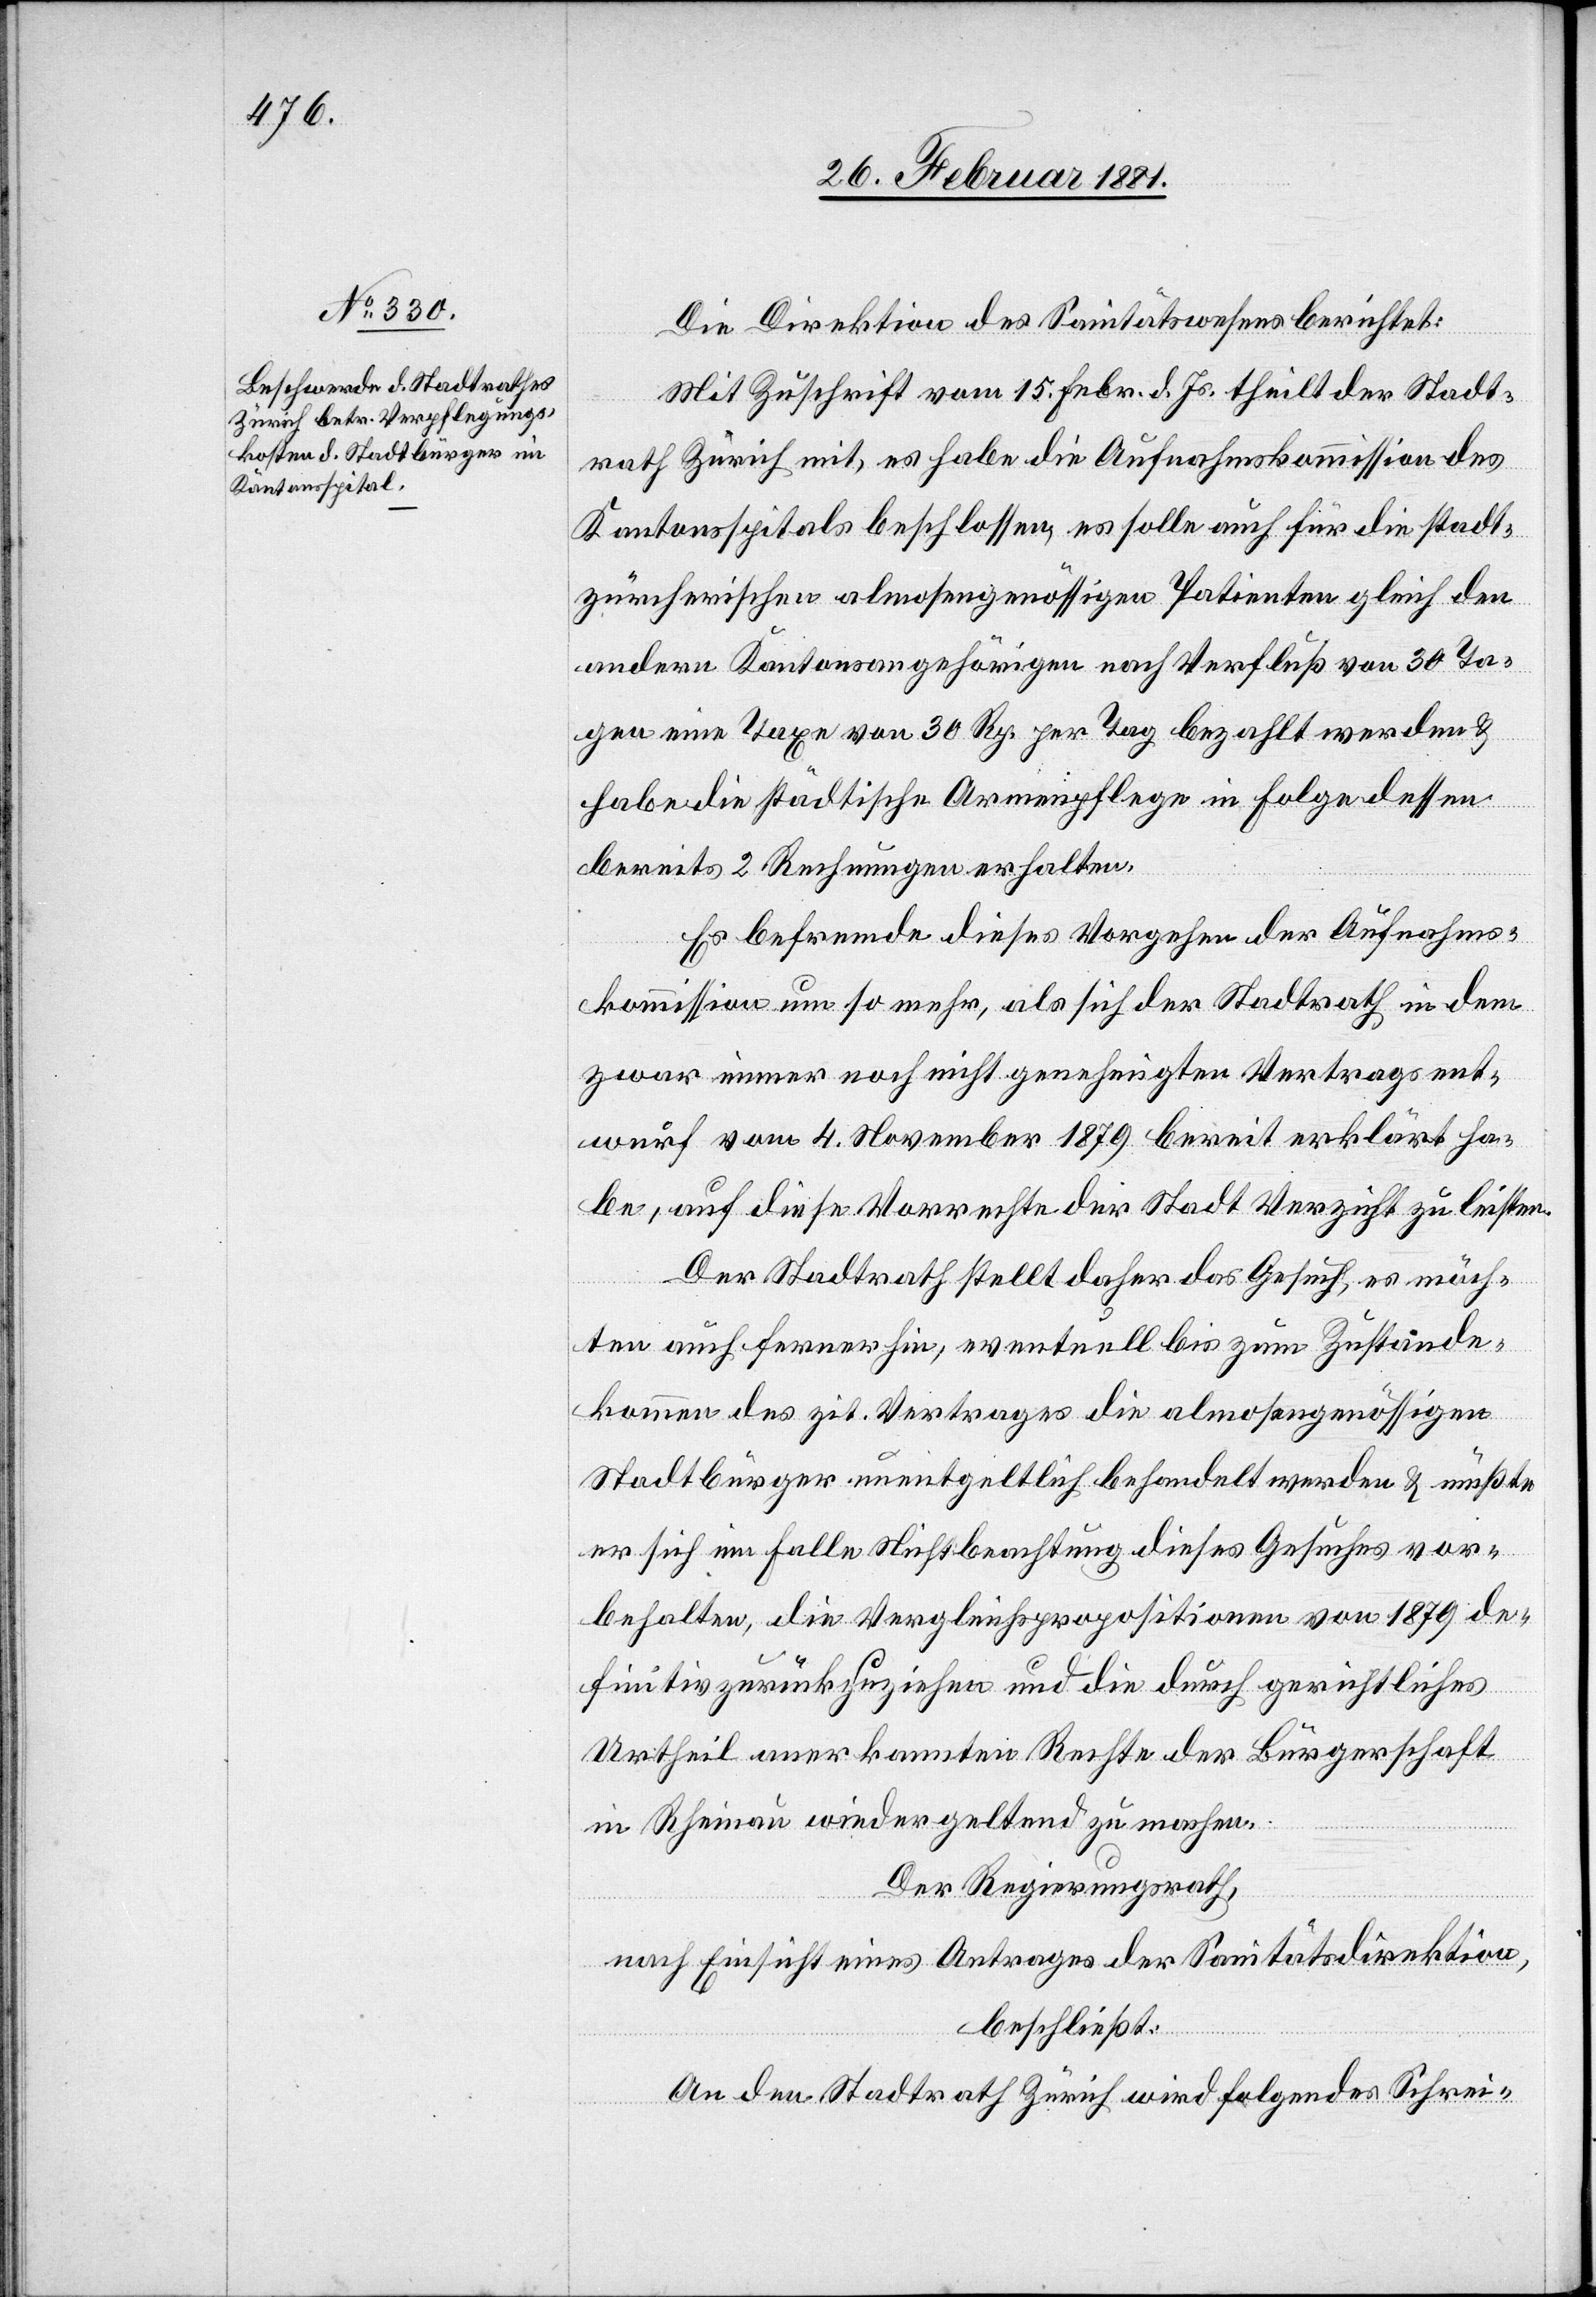
Die Direktion des Sanitätswesens berichtet:
Mit Zuschrift vom 15. Febr. d. Js. theilt der Stadt¬
rath Zürich mit, es habe die Aufnahmskommission des
Kantonsspitals beschlossen, es solle auch für die stadt¬
zürcherischen almosengenössigen Patienten gleich den
andern Kantonsangehörigen nach Verfluß von 30 Ta¬
gen eine Taxe von 30 Rp. per Tag bezahlt werden &
habe die städtische Armenpflege in Folge dessen
bereits 2 Rechnungen erhalten.
Es befremde dieses Vorgehen der Aufnahms¬
kommission um so mehr, als sich der Stadtrath in dem
zwar immer noch nicht genehmigten Vertragsent¬
wurf vom 4. November 1879 bereit erklärt ha¬
be, auf diese Vorrechte der Stadt Verzicht zu leisten.
Der Stadtrath stellt daher das Gesuch, es möch¬
ten auf ferner hin, eventuell bis zum Zustande¬
kommen des zit. Vertrages die almosengenössigen
Stadtbürger unentgeltlich behandelt werden & müßte
er sich im Falle Nichtbeachtung dieses Gesuches vor¬
behalten, die Vergleichspropositionen von 1879 de¬
finitiv zurückzuziehen und die durch gerichtliches
Urtheil anerkannten Rechte der Bürgerschaft
in Rheinau wiedergeltend zu machen.
Der Regierungsrath,
nach Einsicht eines Antrages der Sanitätsdirektion,
beschließt:
An den Stadtrath Zürich wird folgendes Schrei-